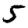
Digit: 5